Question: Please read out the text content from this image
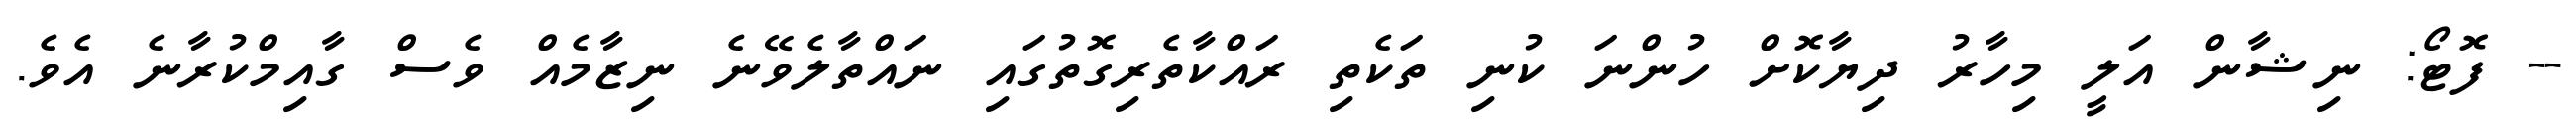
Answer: -- ފޮޓޯ: ނިޝާން އަލީ މިހާރު ދިޔާކޮށް ހުންނަ ކުނި ތަކެތި ރައްކާތެރިގޮތުގައި ނައްތާލެވޭނެ ނިޒާމެއް ވެސް ގާއިމްކުރާނެ އެވެ.